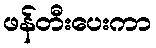
ဖန်တီးပေးကာ